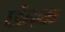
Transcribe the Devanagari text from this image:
छंदक